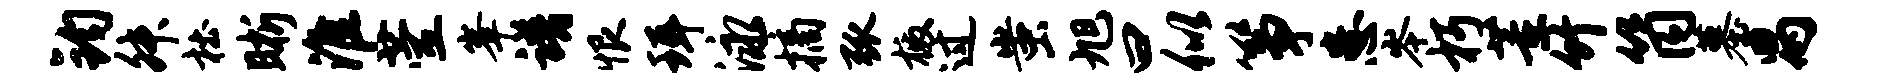
钧舛杜晰淮萱峰谱恨珥泳摘弧檄过蚩旭曰似筝患岑朽董竹筒墓舄